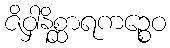
ဇိဝှါနိစ္ဆာရကဉ္စေဝ